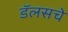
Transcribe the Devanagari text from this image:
डॅलसचे